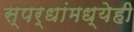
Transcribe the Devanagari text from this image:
स्पर्धांमध्येही